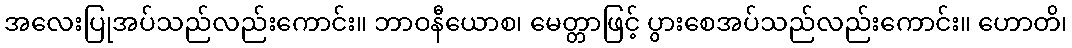
အလေးပြုအပ်သည်လည်းကောင်း။ ဘာဝနီယောစ၊ မေတ္တာဖြင့် ပွားစေအပ်သည်လည်းကောင်း။ ဟောတိ၊